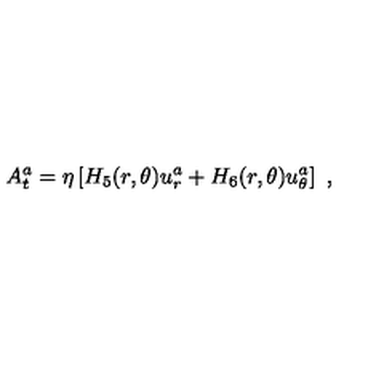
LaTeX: A _ { t } ^ { a } = \eta \left[ H _ { 5 } ( r , \theta ) u _ { r } ^ { a } + H _ { 6 } ( r , \theta ) u _ { \theta } ^ { a } \right] \ ,